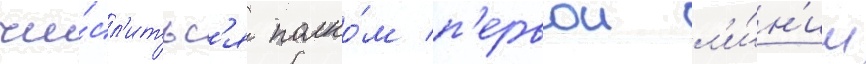
чи́сл'итьс'я полко́м п'ервои л'и́н'ии